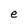
Character: e